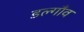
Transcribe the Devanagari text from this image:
डल्गाँव